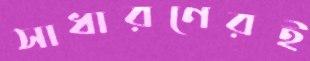
সাধারণেরই